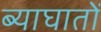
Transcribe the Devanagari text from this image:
ब्याघातों